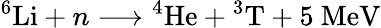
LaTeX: {}^{6}\mathrm{Li}+n\longrightarrow{}^{4}\mathrm{He}+{}^{3}\mathrm{T}+5\ \mathrm{MeV}